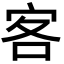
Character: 客